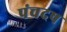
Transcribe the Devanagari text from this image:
पंचदष